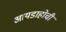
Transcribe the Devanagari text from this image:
आयडाहोची